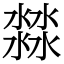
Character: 㵘